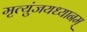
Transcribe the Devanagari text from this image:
मृत्युंजयध्यानम्‌